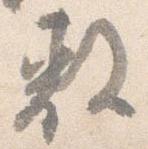
敷